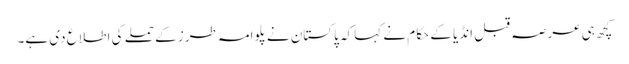
کچھ ہی عرصہ قبل انڈیا کے حکام نے کہا کہ پاکستان نے پلوامہ طرز کے حملے کی اطلاع دی ہے۔